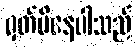
မှတ်မိနေပါသည်